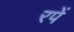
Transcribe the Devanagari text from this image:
रपें